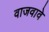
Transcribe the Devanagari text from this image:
वाजवावे